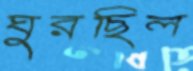
ঘুরছিল